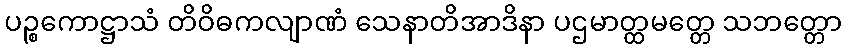
ပဉ္စကောဋ္ဌာသံ တိဝိဓကလျာဏံ သေနာတိအာဒိနာ ပဌမာတ္ထမတ္တေ သဘတ္တော